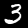
Label: 3